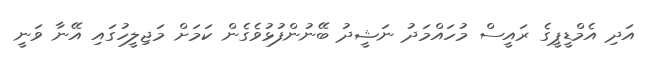
އަދި އެމްޑީޕީގެ ރައީސް މުހައްމަދު ނަޝީދު ބޭނުންފުޅުވެގެން ކަމަށް މަޖިލީހުގައި އޭނާ ވަނީ